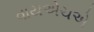
વાયએચએ